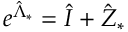
e ^ { \hat { \Lambda } _ { * } } = \hat { I } + \hat { Z } _ { * }